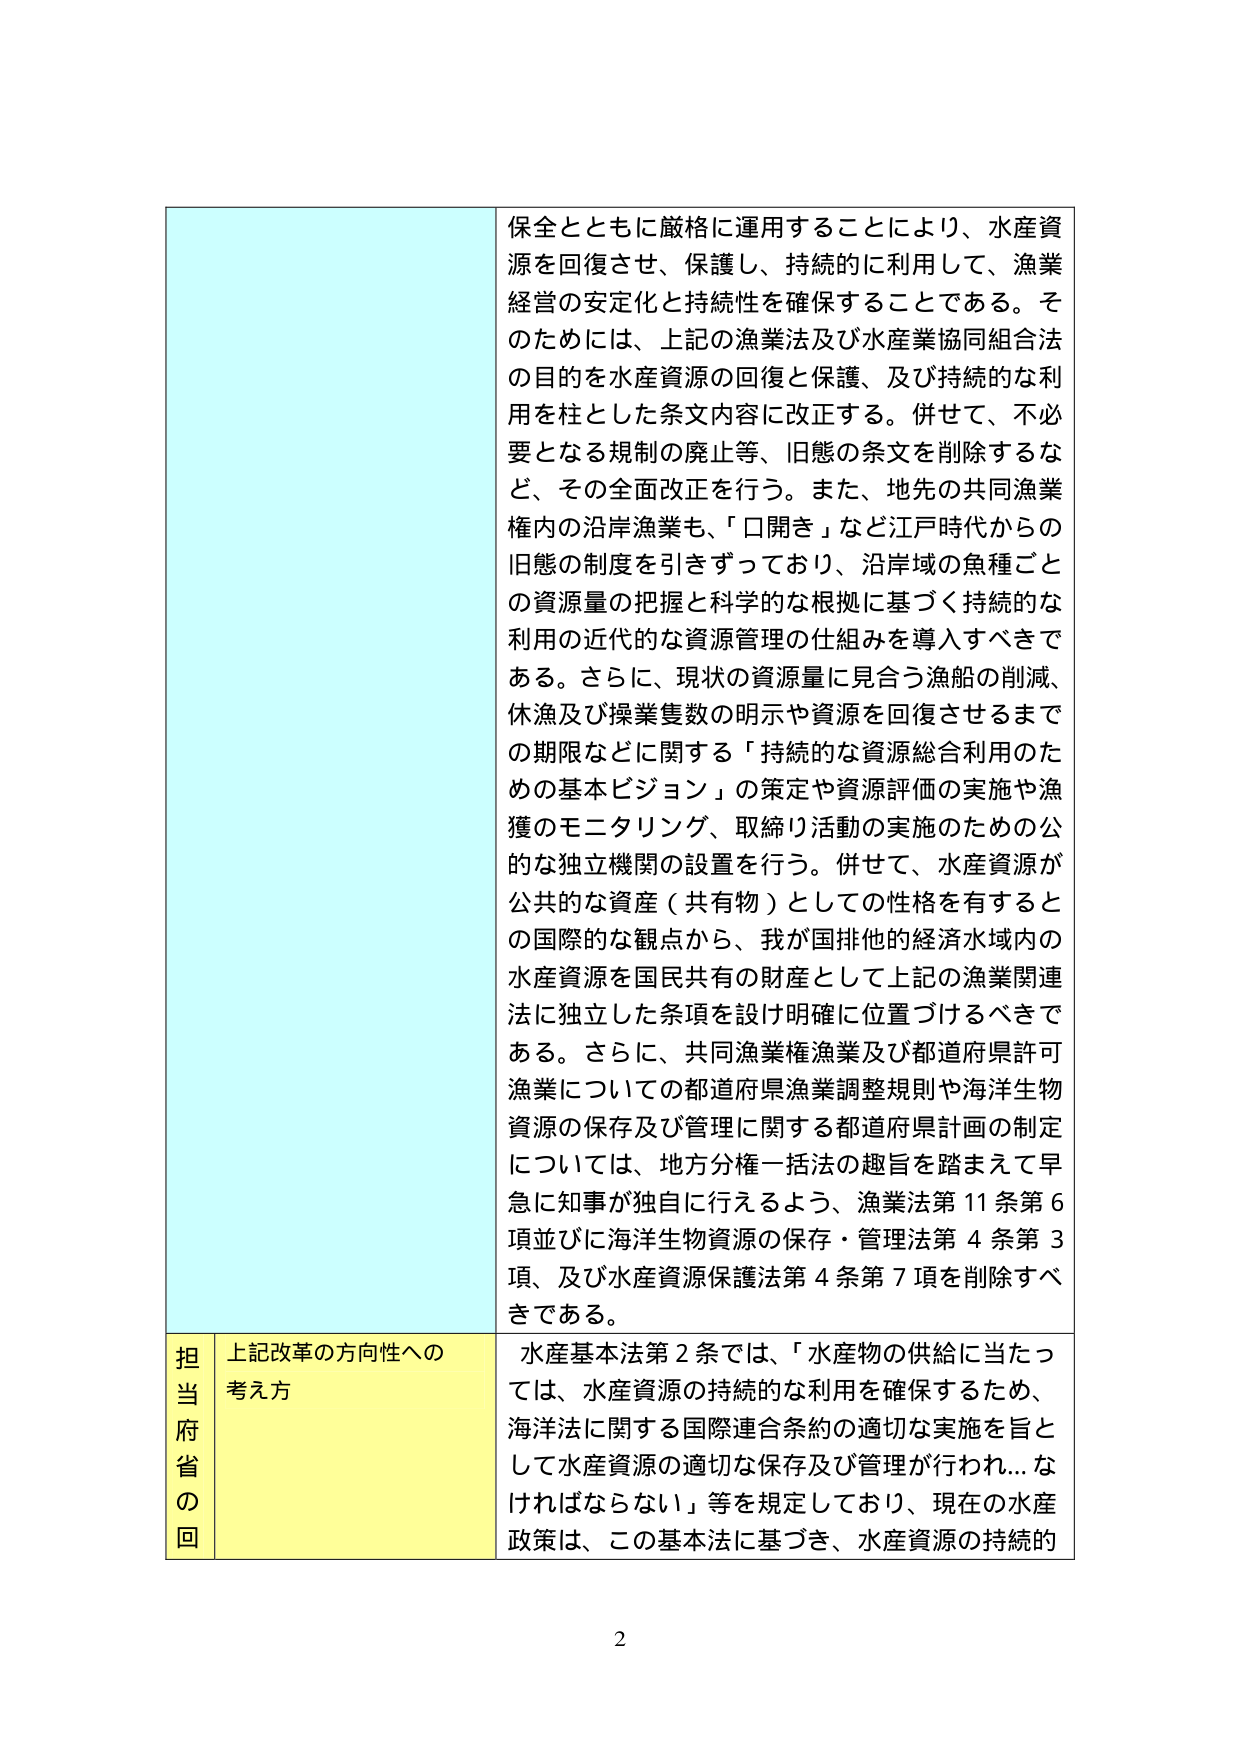
保全とともに厳格に運用することにより、水産資源を回復させ、保護し、持続的に利用して、漁業経営の安定化と持続性を確保することである。そのためには、上記の漁業法及び水産業協同組合法の目的を水産資源の回復と保護、及び持続的な利用を柱とした条文内容に改正する。併せて、不必要となる規制の廃止等、旧態の条文を削除するなど、その全面改正を行う。また、地先の共同漁業権内の沿岸漁業も、「口開き」など江戸時代からの旧態の制度を引きずっており、沿岸域の魚種ごとの資源量の把握と科学的な根拠に基づく持続的な利用の近代的な資源管理の仕組みを導入すべきである。さらに、現状の資源量に見合う漁船の削減、休漁及び操業隻数の明示や資源を回復させるまでの期限などに関する「持続的な資源総合利用のための基本ビジョン」の策定や資源評価の実施や漁獲のモニタリング、取締り活動の実施のための公的な独立機関の設置を行う。併せて、水産資源が公共的な資産（共有物）としての性格を有すると の国際的な観点から、我が国排他的経済水域内の水産資源を国民共有の財産として上記の漁業関連法に独立した条項を設け明確に位置づけるべきである。さらに、共同漁業権漁業及び都道府県許可漁業についての都道府県漁業調整規則や海洋生物資源の保存及び管理に関する都道府県計画の制定については、地方分権一括法の趣旨を踏まえて早急に知事が独自に行えるよう、漁業法第11条第6項並びに海洋生物資源の保存・管理法第4条第3項、及び水産資源保護法第4条第7項を削除すべきである。

担当府省の回 上記改革の方向性への考え方 水産基本法第2条では、「水産物の供給に当たっては、水産資源の持続的な利用を確保するため、海洋法に関する国際連合条約の適切な実施を旨として水産資源の適切な保存及び管理が行われ…なければならない」等を規定しており、現在の水産政策は、この基本法に基づき、水産資源の持続的

2